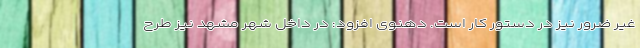
غیر ضرور نیز در دستور کار است. دهنوی افزود: در داخل شهر مشهد نیز طرح